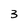
Character: 3